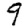
Digit: 9